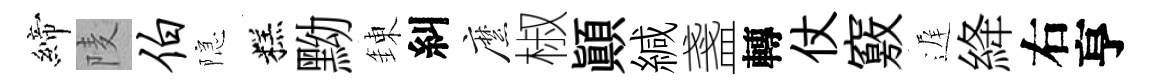
締𨹧伯隠糕黝錬糾縻椒顚緘盞轉仗竅遅絳右亨